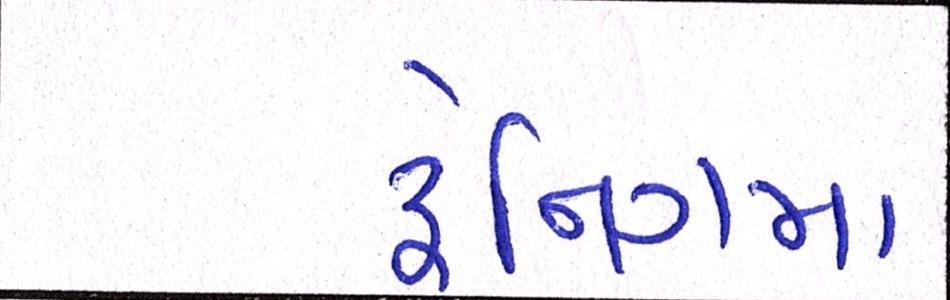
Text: ટ્રેનિગમા